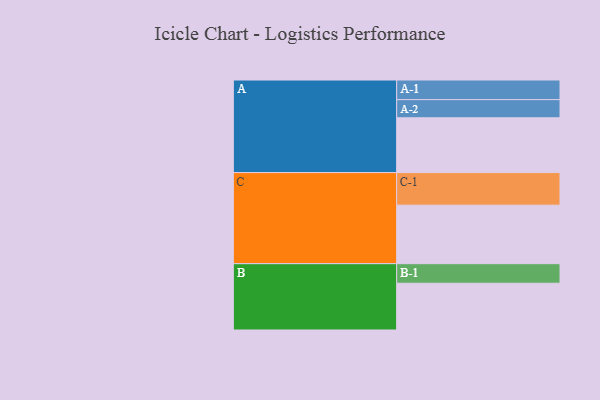
{"axis": {"x": "Segment", "y": "Value"}, "legend": ["", "A", "B", "C"], "data": [{"x": "A", "y": 438, "type": ""}, {"x": "B", "y": 374, "type": ""}, {"x": "C", "y": 468, "type": ""}, {"x": "A-1", "y": 157, "type": "A"}, {"x": "A-2", "y": 145, "type": "A"}, {"x": "B-1", "y": 156, "type": "B"}, {"x": "C-1", "y": 260, "type": "C"}]}